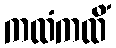
ကထံကထိံ